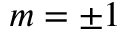
m = \pm 1